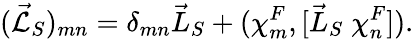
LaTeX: (\vec{\cal L}_{S})_{mn}={\delta}_{mn}\vec{L}_{S}+({\chi}_{m}^{F},[{\vec{L}_{S}}\; {\chi}_{n}^{F}]).